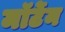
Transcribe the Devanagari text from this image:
मॉर्टेन